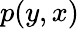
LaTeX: p(y,x)